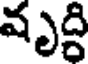
వృద్ధి